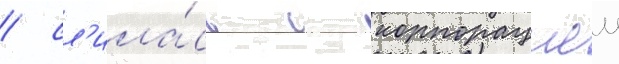
/ сл'ила́сь с корпорациеи